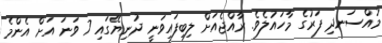
މުއްސަނދި ފަރުގެ މާހައުލެވެ. ރާއްޖެއަށް ލިބިފައިވަނީ ދުނިޔޭގައި 7 ވަނަ އަށް އެންމެ